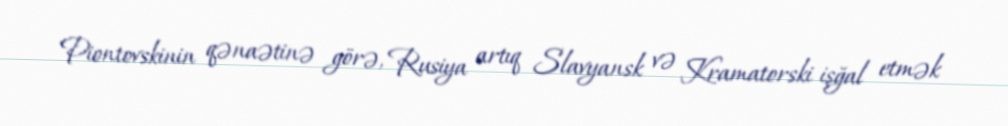
Piontovskinin qənaətinə görə, Rusiya artıq Slavyansk və Kramatorski işğal etmək